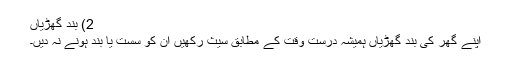
2) بند گھڑیاں
اپنے گھر کی بند گھڑیاں ہمیشہ درست وقت کے مطابق سیث رکھیں ان کو سست یا بند ہونے نہ دیں۔